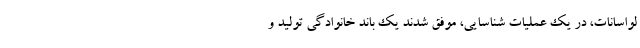
لواسانات، در یک عملیات شناسایی، موفق شدند یک باند خانوادگی تولید و